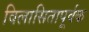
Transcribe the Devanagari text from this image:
विलासितापूर्वक